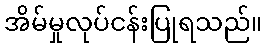
အိမ်မှုလုပ်ငန်းပြုရသည်။